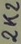
Text: 2k2